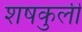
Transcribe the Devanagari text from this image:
शषकुली